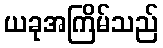
ယခုအကြိမ်သည်